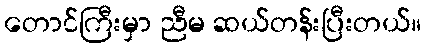
တောင်ကြီးမှာ ညီမ ဆယ်တန်းပြီးတယ်။